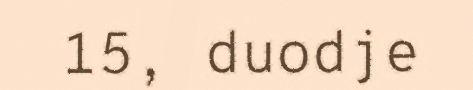
15, duodje